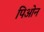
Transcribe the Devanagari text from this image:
पिओन